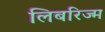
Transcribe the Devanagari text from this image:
लिबरिज्म